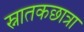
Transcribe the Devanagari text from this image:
स्नातकछात्रा